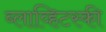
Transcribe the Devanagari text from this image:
ब्लाव्हिटस्‍की